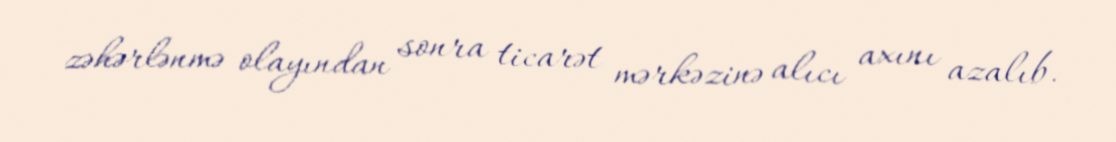
zəhərlənmə olayından sonra ticarət mərkəzinə alıcı axını azalıb.